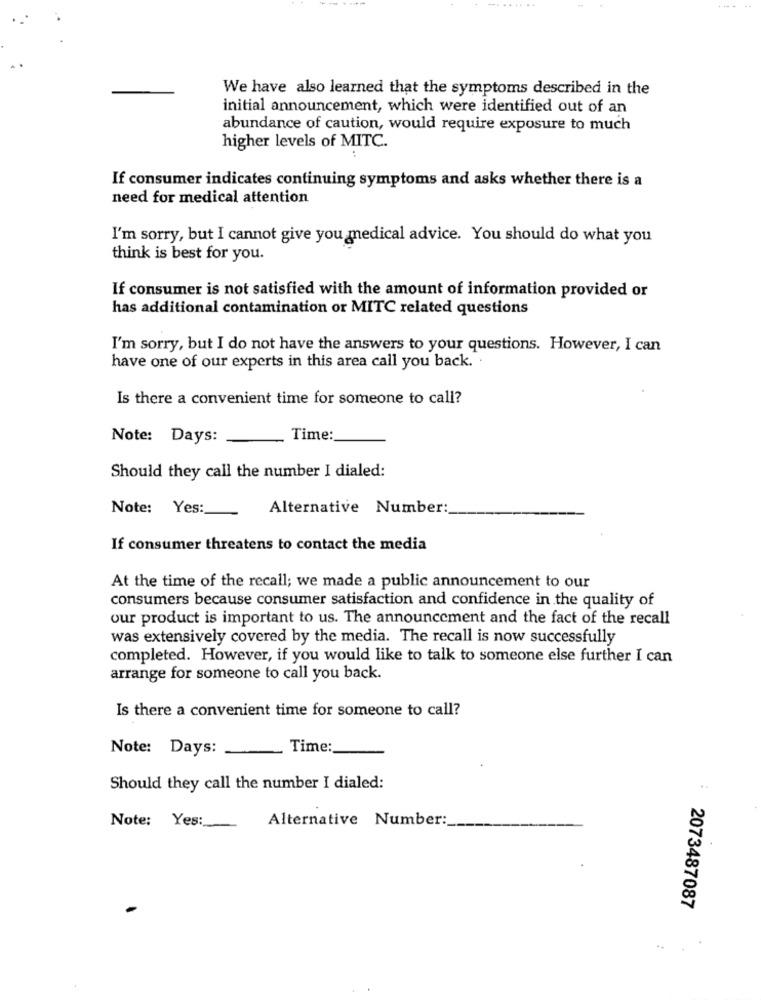
.........
... .
We have also learned that the symptoms described in the
initial announcement, which were identified out of an
abundance of caution, would require exposure to much
higher levels of MITC.
If consumer indicates continuing symptoms and asks whether there is a
need for medical attention
I'm sorry, but I cannot give you medical advice. You should do what you
think is best for you.
If consumer is not satisfied with the amount of information provided or
has additional contamination or MITC related questions
I'm sorry, but I do not have the answers to your questions. However, I can
have one of our experts in this area call you back.
Is there a convenient time for someone to call?
Note: Days:
Time:
Should they call the number I dialed:
Note: Yes:
Alternative Number:
If consumer threatens to contact the media
At the time of the recall; we made a public announcement to our
consumers because consumer satisfaction and confidence in the quality of
our product is important to us. The announcement and the fact of the recall
was extensively covered by the media. The recall is now successfully
completed. However, if you would like to talk to someone else further I can
arrange for someone to call you back.
Is there a convenient time for someone to call?
Note: Days:
Time:
Should they call the number I dialed:
..
Note: Yes :_
Alternative Number:
2073487087